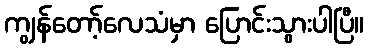
ကျွန်တော့်လေသံမှာ ပြောင်းသွားပါပြီ။